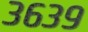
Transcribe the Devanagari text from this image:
३६३९